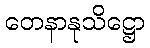
တေနာနုသိဋ္ဌော